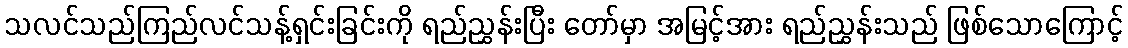
သလင်သည်ကြည်လင်သန့်ရှင်းခြင်းကို ရည်ညွှန်းပြီး တော်မှာ အမြင့်အား ရည်ညွှန်းသည် ဖြစ်သောကြောင့်